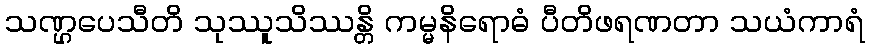
သဏ္ဌပေသီတိ သုဿူသိဿန္တိ ကမ္မနိရောဓံ ပီတိဖရဏတာ သယံကာရံ